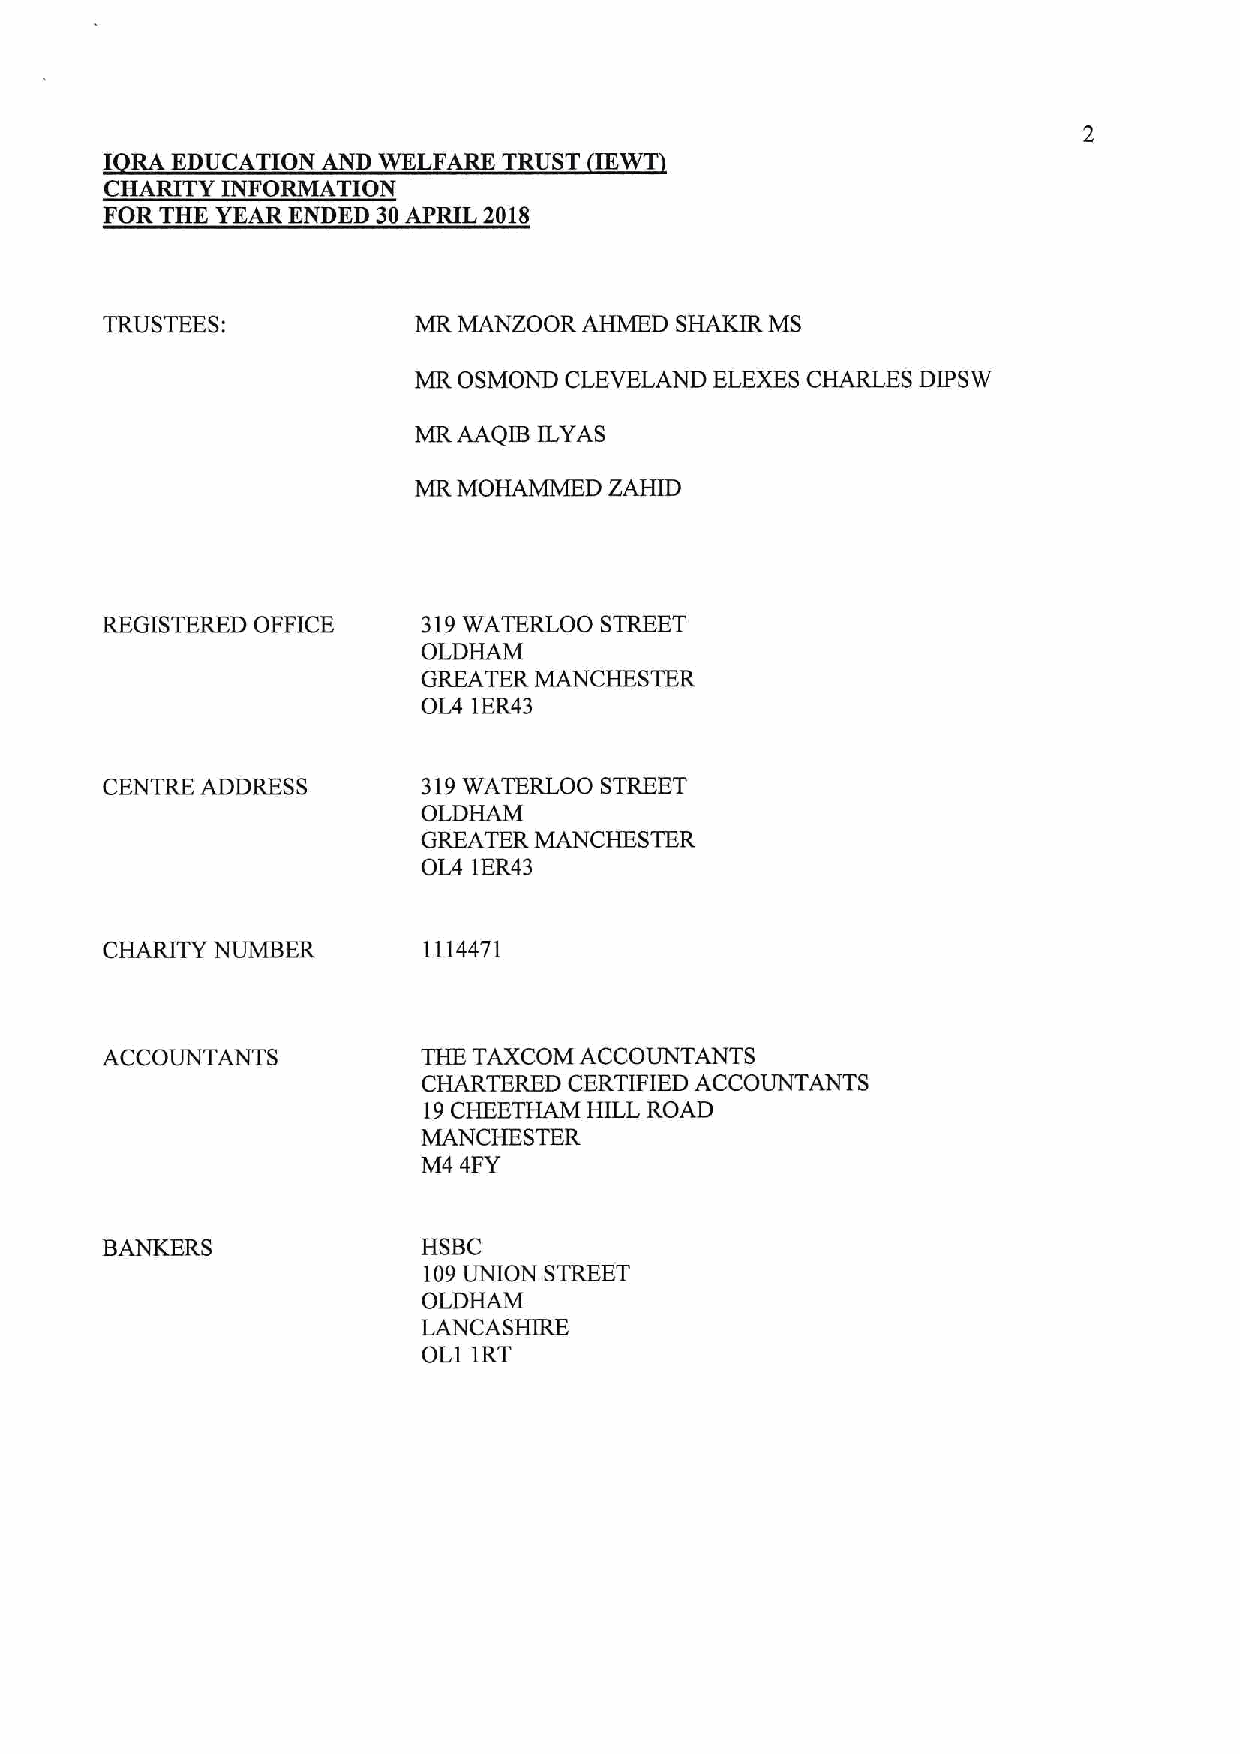
I RA EDUCATION AND WELFARE TRUST IE
 CHARITY INFORMATION
 FOR THE YEAR ENDED 30APRIL 2018
 TRUSTEES:           MR MANZOOR  AHMED SHAKIR MS
 MR OSMOND CLEVELAND ELEXESCHARLES DIPSW
 MRAAQIB  ILYAS
 MO~D
 MR           ZAHID
 REGISTERED OFFICE    319WATERLOO STREET
 OLDHAM
 GREATER MANCHESTER
 OIA IER43
 CENTRE ADDRESS       319WATERLOO STREET
 OLDHAM
 GREATER MANCHESTER
 OIA IER43
 CHARITY NUMBER       1114471
 ACCOUNTANTS          THE TAXCOM ACCOUNTANTS
 CHARTERED CERTIFIED ACCOUNTANTS
 19CHEETHAM HILL ROAD
 MANCHESTER
 M4 4FY
 BANKERS              HSBC
 109UNION STREET
 OLDHAM
 LANCASHIRE
 OL1 1RT